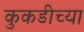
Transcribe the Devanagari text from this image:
कुकडीच्या